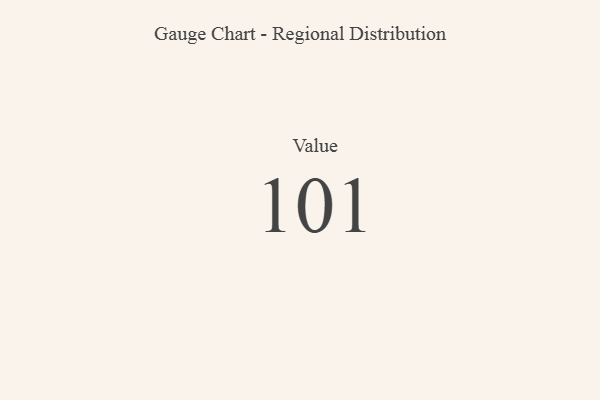
{"axis": {"x": "Metric", "y": "Value"}, "legend": [""], "data": [{"x": "Value", "y": 101, "type": ""}]}